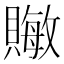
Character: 𬥧